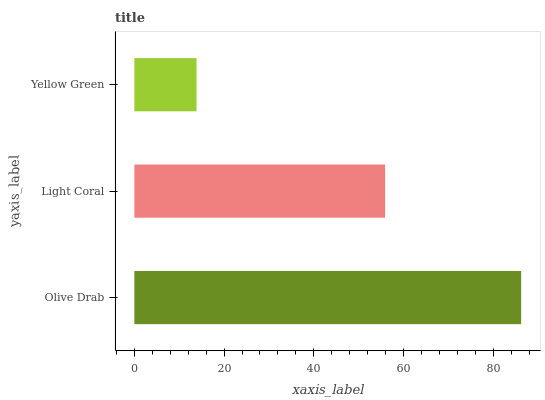
| yaxis_label | bars |
 | --- | --- |
 | Olive Drab | 86.2 |
 | Light Coral | 55.9 |
 | Yellow Green | 13.9 |